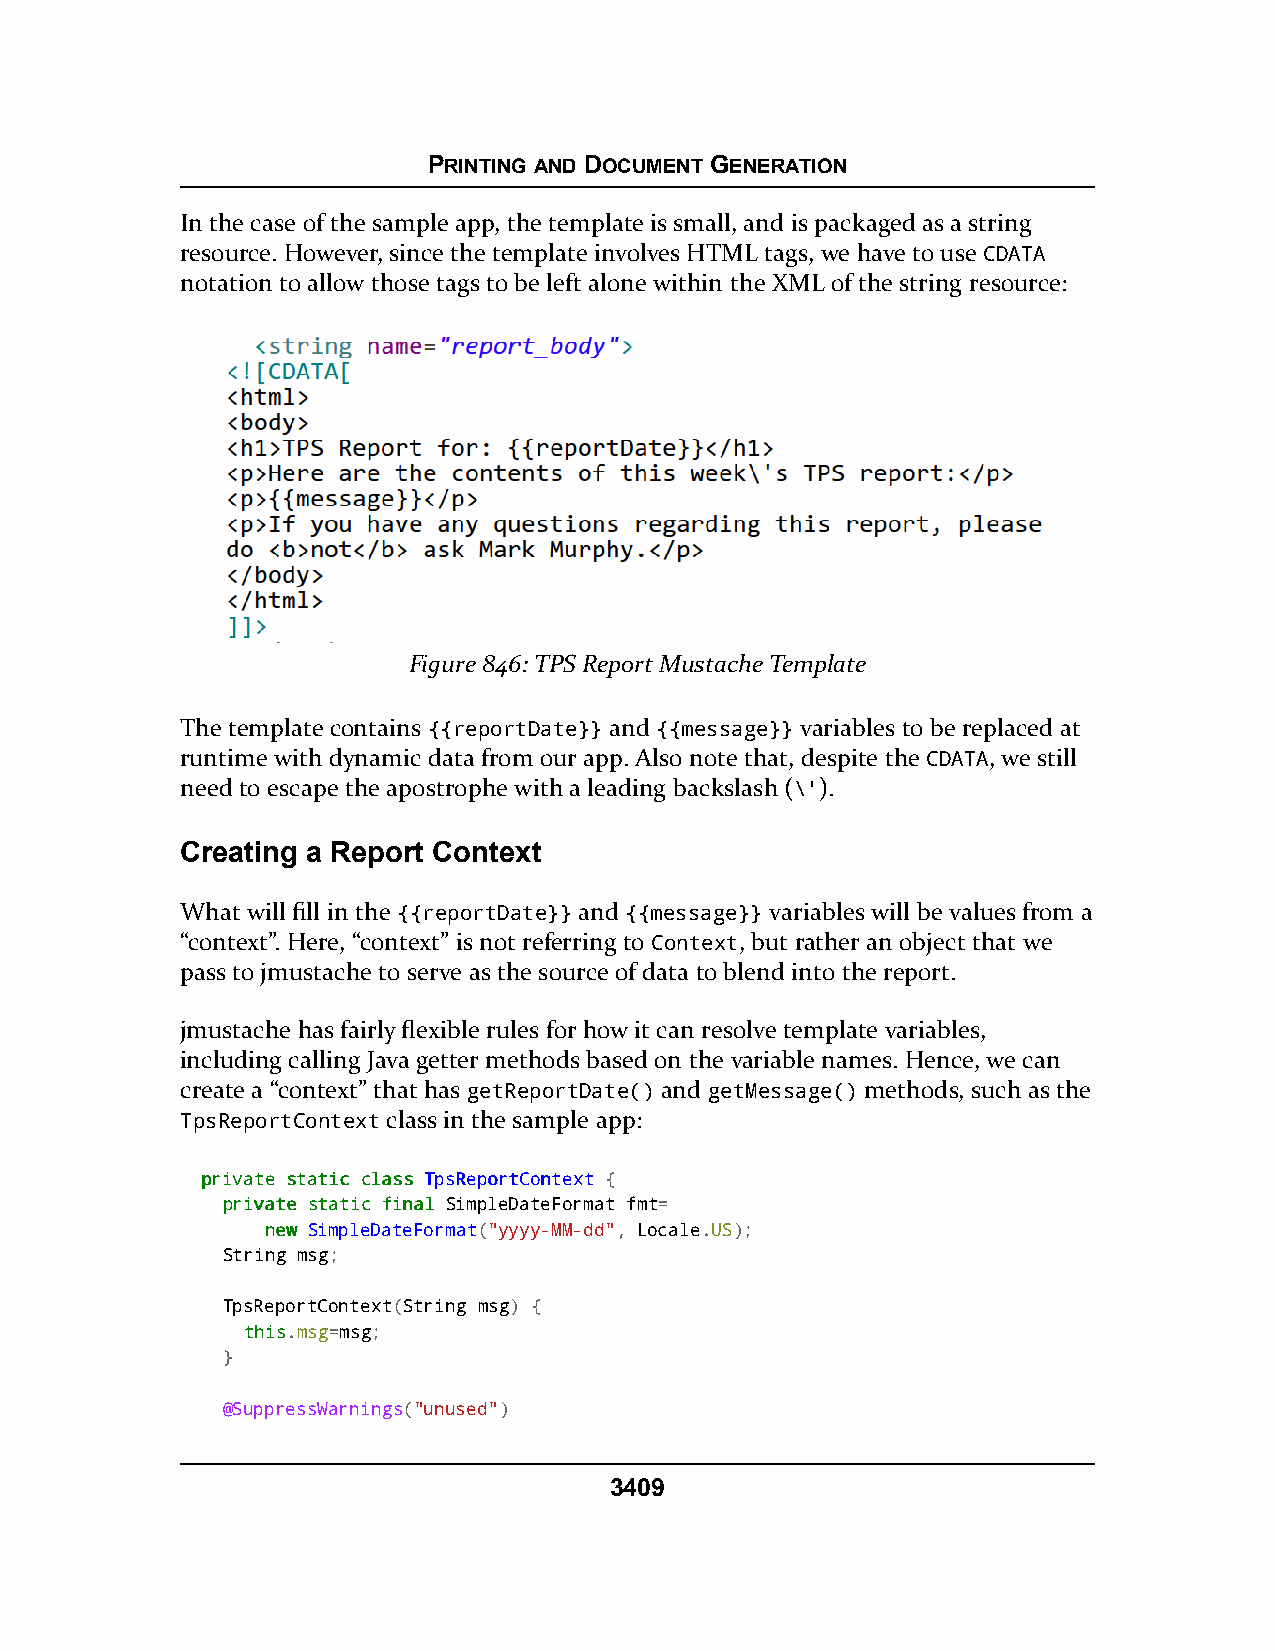
PRINTING AND DOCUMENT GENERATION
 In the case of the sample app, the template is small, and is packaged as a string
 resource. However, since the template involves HTML tags, we have to use CDATA
 notation to allow those tags to be left alone within the XML of the string resource:
 Figure 846: TPS Report Mustache Template
 The template contains {{reportDate}} and {{message}} variables to be replaced at
 runtime with dynamic data from our app. Also note that, despite the CDATA, we still
 need to escape the apostrophe with a leading backslash (\').
 Creating a Report Context
 What will fill in the {{reportDate}} and {{message}} variables will be values from a
 “context”. Here, “context” is not referring to Context, but rather an object that we
 pass to jmustache to serve as the source of data to blend into the report.
 jmustache has fairly flexible rules for how it can resolve template variables,
 including calling Java getter methods based on the variable names. Hence, we can
 create a “context” that has getReportDate() and getMessage() methods, such as the
 TpsReportContext class in the sample app:
 pprriivvaattee ssttaattiicc ccllaassss TTppssRReeppoorrttCCoonntteexxtt {
 pprriivvaattee ssttaattiicc ffiinnaall SimpleDateFormat fmt=
 nneeww SimpleDateFormat("yyyy-MM-dd", Locale.US);
 String msg;
 TpsReportContext(String msg) {
 tthhiiss.msg=msg;
 }
 @SuppressWarnings("unused")
 3409